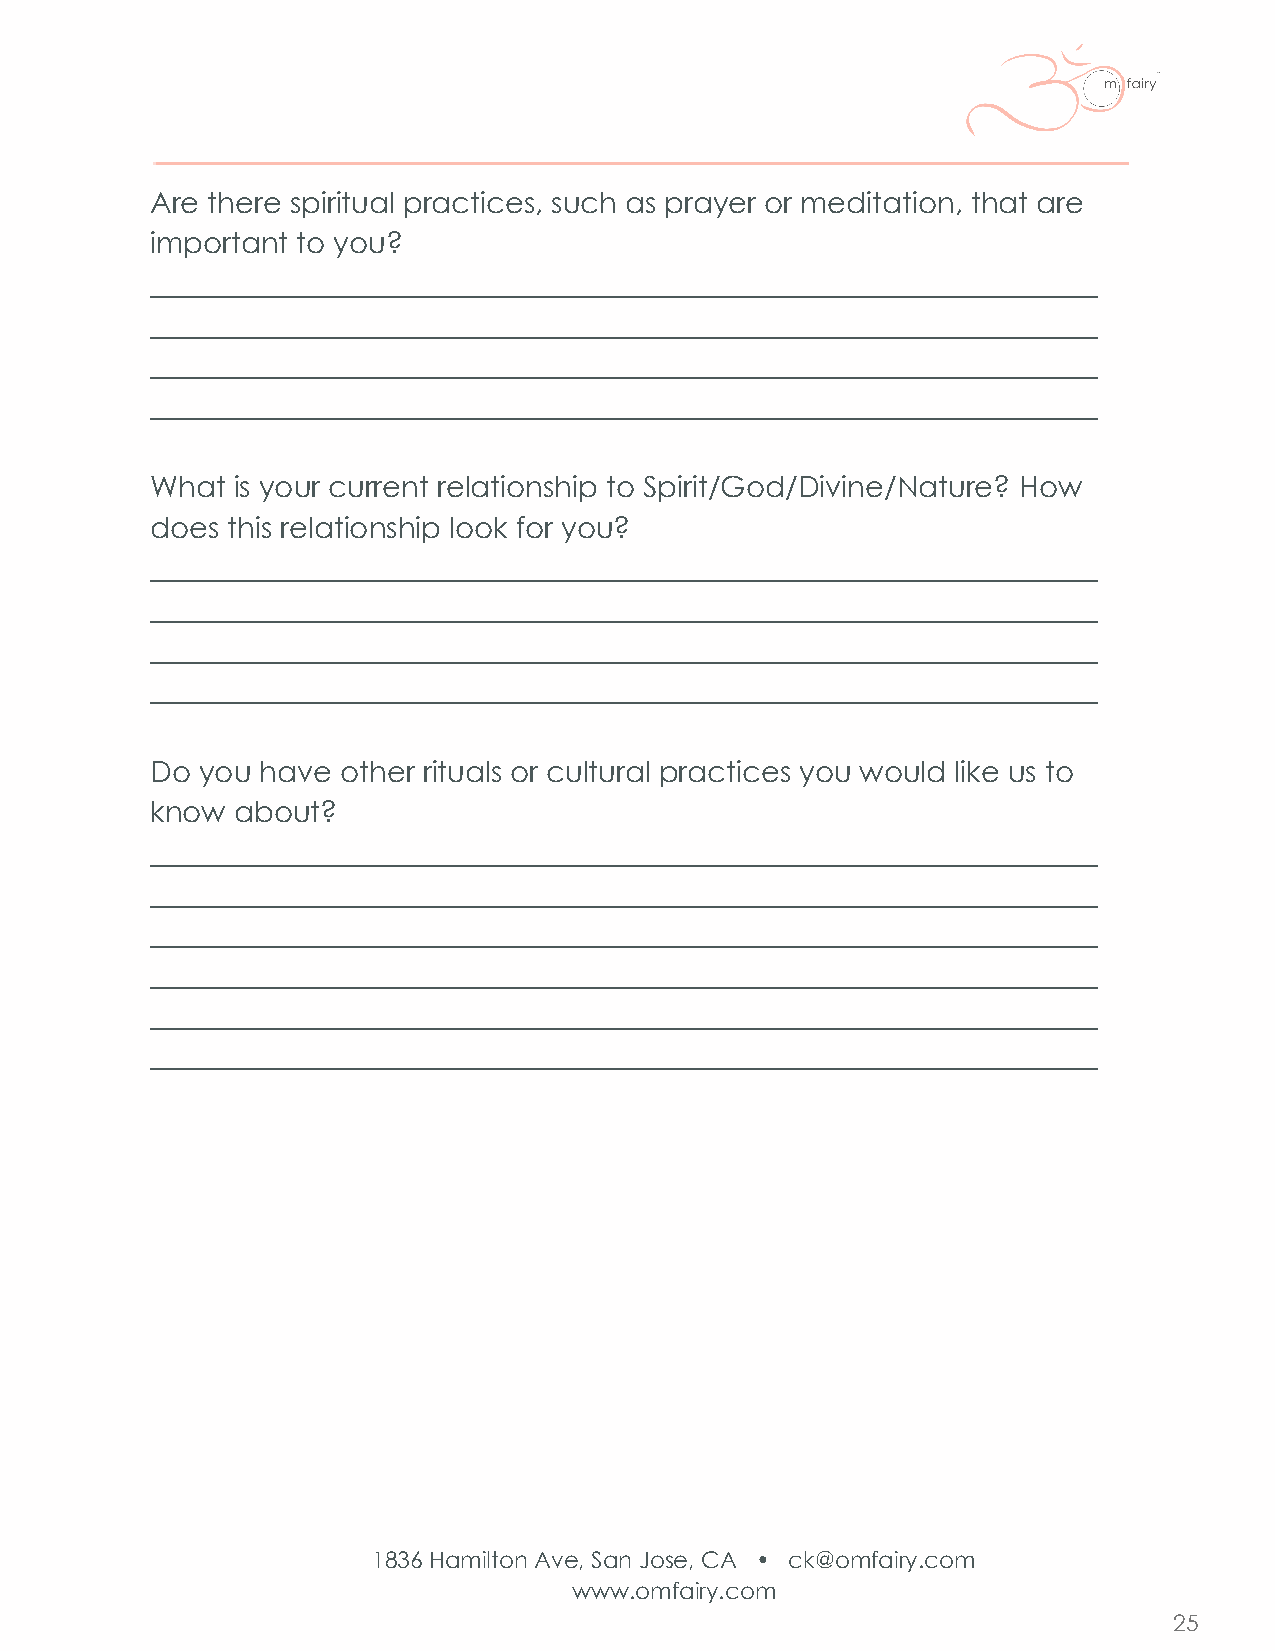
Are there spiritual practices, such as prayer or meditation, that are
 important to you?
 _________________________________________________________________
 _________________________________________________________________
 _________________________________________________________________
 _________________________________________________________________
 What is your current relationship to Spirit/God/Divine/Nature? How
 does this relationship look for you?
 _________________________________________________________________
 _________________________________________________________________
 _________________________________________________________________
 _________________________________________________________________
 Do you have  other rituals or cultural practices you would like us to
 know about?
 _________________________________________________________________
 _________________________________________________________________
 _________________________________________________________________
 _________________________________________________________________
 _________________________________________________________________
 _________________________________________________________________
 1836 Hamilton Ave, San Jose, CA • ck@omfairy.com
 www.omfairy.com
 25